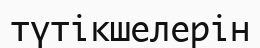
түтікшелерін